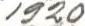
1920